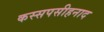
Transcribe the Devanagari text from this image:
कस्सपसीहनाद